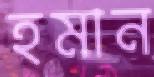
হমান